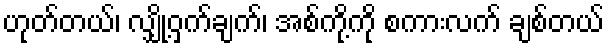
ဟုတ်တယ်၊ လျှို့ဝှက်ချက်၊ အစ်ကို့ကို စကားလက် ချစ်တယ်